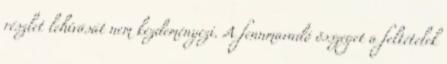
részlet lehívását nem kezdeményezi. A fennmaradó összeget a feltételek